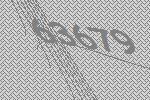
63679